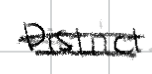
Text: District.
Cross-out: double-line
Writing tool: digital_black